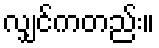
လျှင်ကတည်း။